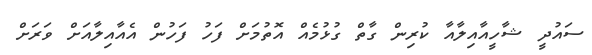
ސައުދީ ޝާހީއާއިލާއާ ކުރިން ގާތް ގުޅުމެއް އޮތުމަަށް ފަހު ފަހުން އެއާއިލާއަށް ވަރަށްް